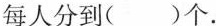
每人分到()个。